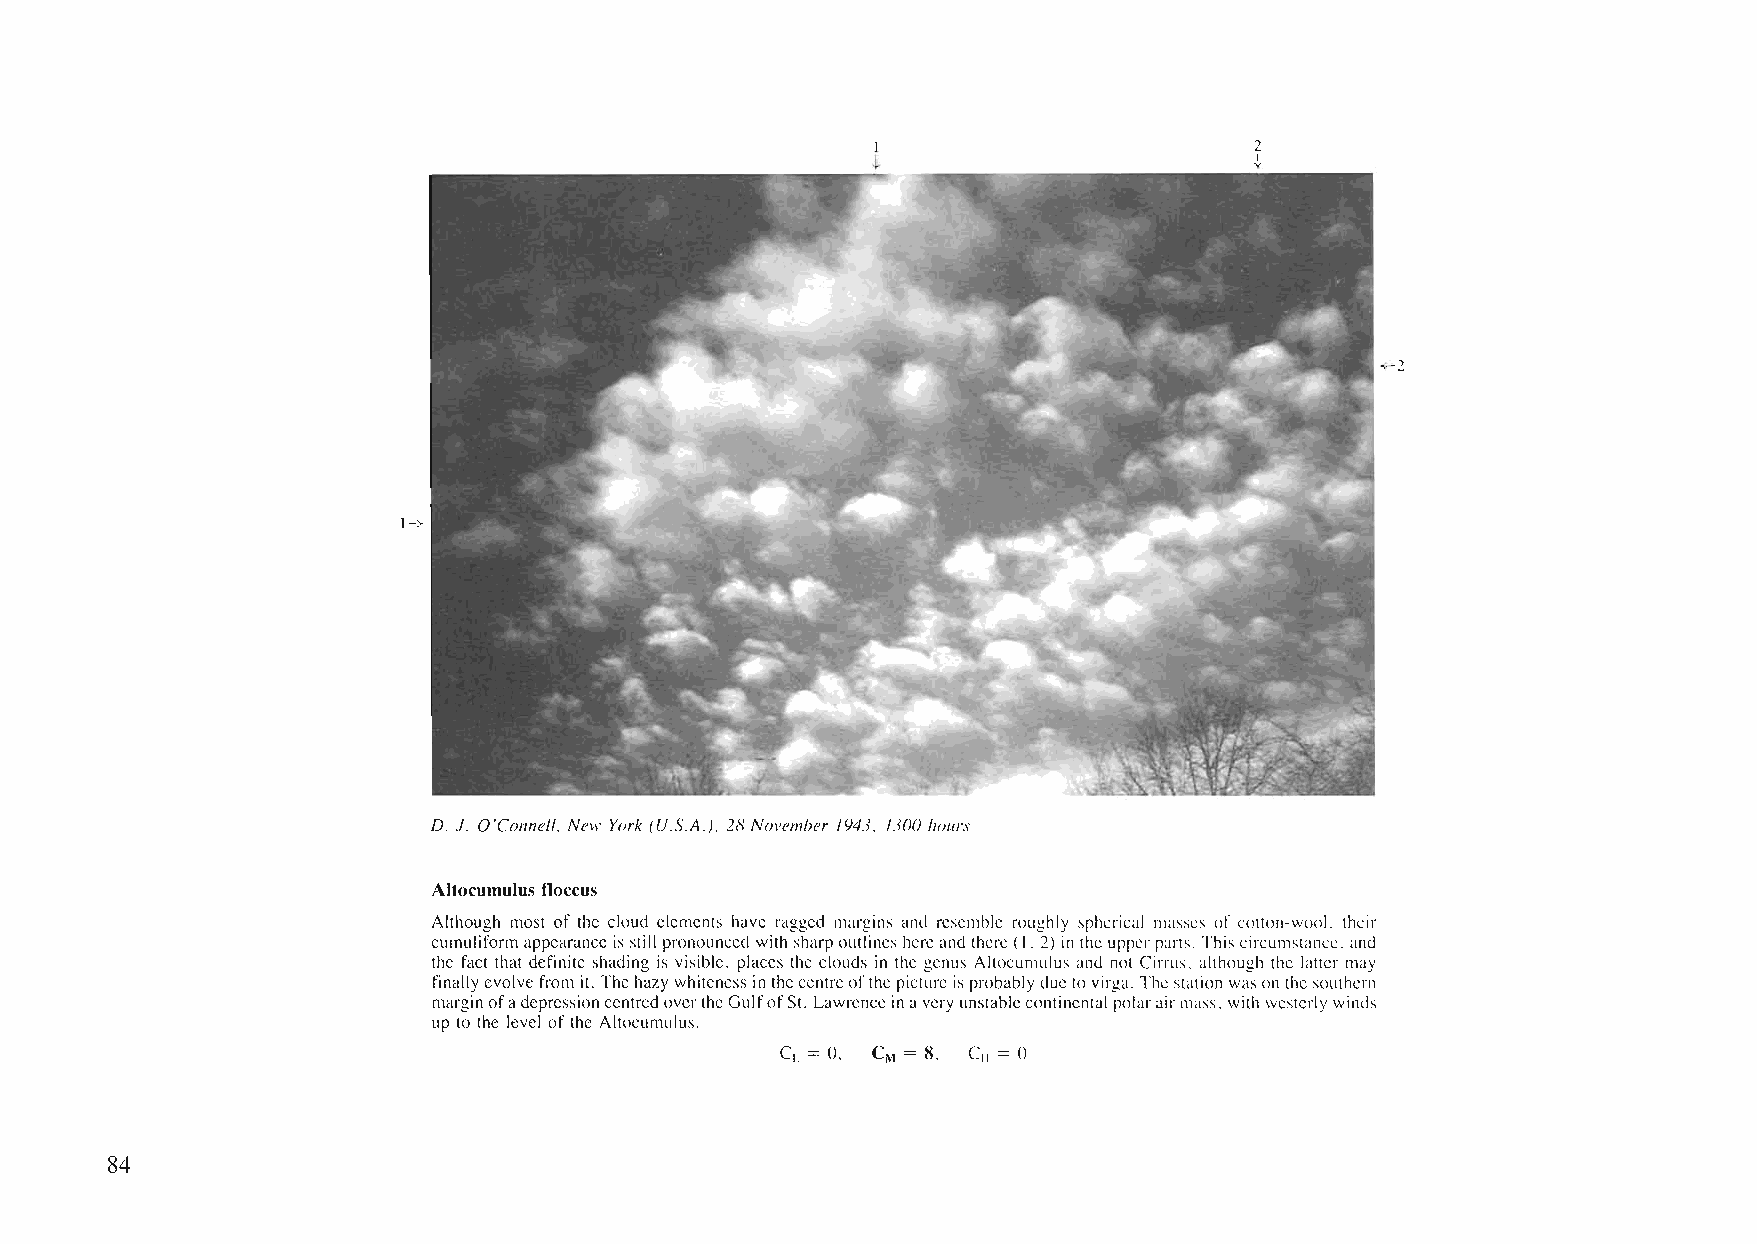
-<-2
 1->
 D. J. O'Connell, New York (U.S.A.). 28 November 1943. 1300 hours
 Altocumulus noccus
 Although most of the cloud elements have ragged margins and resemble roughly spherical masses of cotton-woo!. their
 cumuliformappearanee isstill pronounced with sharpoutlineshereand there(1.2) intheupperparts. Thiscircumstance. and
 the fact that definite shading is visible. places the clouds in the genus Altocumulus and not Cirrus. although the latter may
 finallyevolvefrom it. Thehazywhiteness inthecentreofthepicture isprobablydueto virga. Thestation wason the southern
 marginofadepressioncentredovertheGulfofSt. Lawrenceinaveryunstablecontinental polarairmass. with westerly winds
 up to the level ofthe Altocumulus.
 CL = O. CM = 8. C = 0
 II
 84